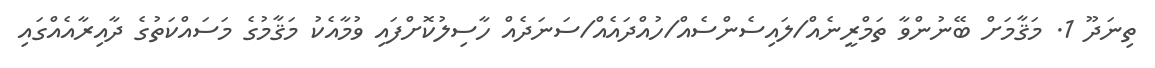
ތިނަދޫ 1. މަޤާމަށް ބޭނުންވާ ތަމްރީނެއް/ލައިސެންސެއް/ހުއްދައެއް/ސަނަދެއް ހާސިލުކޮށްފައި ވުމާއެކު މަޤާމުގެ މަސައްކަތުގެ ދާއިރާއެއްގައި